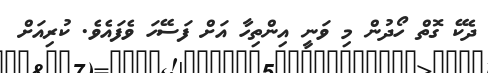
ދެކޭ ގޮތް ހޯދުން މި ވަނީ އިންތިހާ އަށް ފަސޭހަ ވެފައެވެ. ކުރިއަށް